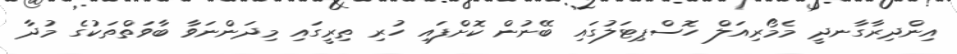
އިންދިރާގާނދީ މެމޯރިއަލް ހޮސްޕިޓަލުގައި ބޭނުން ކޮށްފައި ހުރި ތިރީގައި މިދަންނަވާ ބާވަތްތަކުގެ މުދާ